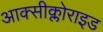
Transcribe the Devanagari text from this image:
आक्सीक्लोराइड